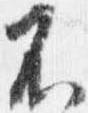
不